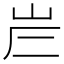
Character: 𡶂